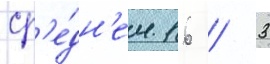
ср'е́дн'ем 16 / 3